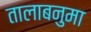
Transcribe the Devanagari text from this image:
तालाबनुमा